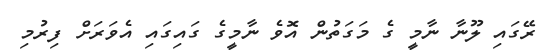
ރޭގައި ލޫނާ ނާމީ ގެ މަގަތުން އޮވެ ނާމީގެ ގައިގައި އެވަރަށް ފިރުމި